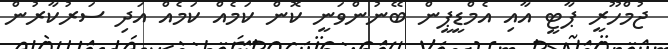
ޖުމްހޫރީ ޕާޓީ އާއި އެމްޑީޕީން ބޭނުންވަނީ ކޮން ކަމެއް ކަމެއް އަދި ސަރުކާރުން